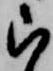
被